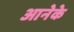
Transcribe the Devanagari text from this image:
आनेके